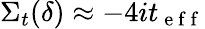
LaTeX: \Sigma_{t}(\delta)\approx-4it_{\mathrm{~e~f~f~}}